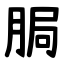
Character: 䏱